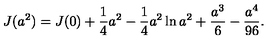
J ( a ^ { 2 } ) = J ( 0 ) + { \frac { 1 } { 4 } } a ^ { 2 } - { \frac { 1 } { 4 } } a ^ { 2 } \ln a ^ { 2 } + { \frac { a ^ { 3 } } { 6 } } - { \frac { a ^ { 4 } } { 9 6 } } .